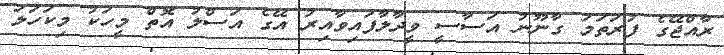
ރާއްޖޭގެ ފުރަތަމަ ގާނޫނު އަސާސީ ވީދާލާފައިވާއިރު އޭގެ އަސްލު އޮތް މީހަކު މިކަހަލަ